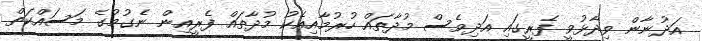
އަދުނާން ވިދާޅުވީ ފެރީގައި އަދިވެސް މުދާތައް ހުރުމާއިއެކު މުދާތައް ފެރީއިން ނެގުމުގެ މަސައްކަތް